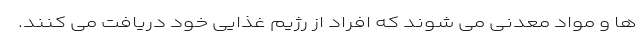
ها و مواد معدنی می شوند که افراد از رژیم غذایی خود دریافت می کنند.